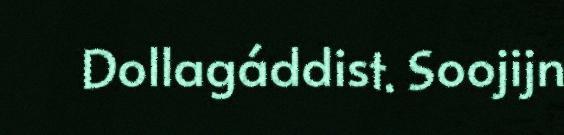
Dollagáddist. Soojijn